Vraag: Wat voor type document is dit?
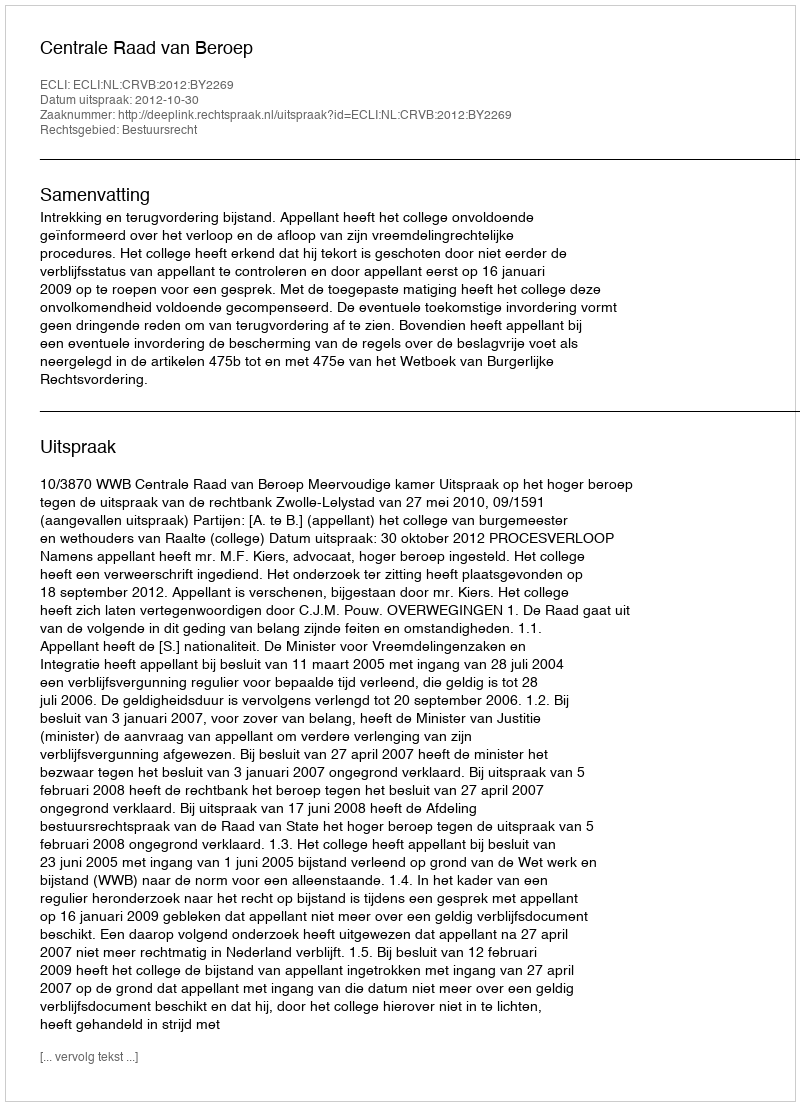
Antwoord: Uitspraak